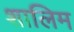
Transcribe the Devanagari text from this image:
शालिम